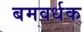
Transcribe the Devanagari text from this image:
बमवर्धक